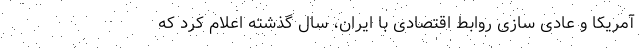
آمریکا و عادی سازی روابط اقتصادی با ایران، سال گذشته اعلام کرد که